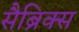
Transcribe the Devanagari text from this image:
सैब्रिक्स